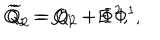
{ \widetilde Q } _ { 1 } = Q _ { 1 } - { \sf E } \; \Phi ^ { 1 } , \hspace { 1 . 4 i n } { \widetilde Q } _ { 2 } = Q _ { 2 } + \Phi ^ { 2 } ,